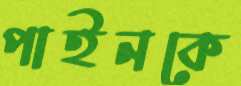
পাইনকে